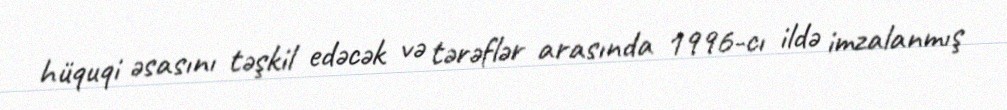
hüquqi əsasını təşkil edəcək və tərəflər arasında 1996-cı ildə imzalanmış